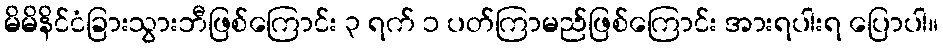
မိမိနိင်ငံခြားသွားဘီဖြစ်ကြောင်း ၃ ရက် ၁ ပတ်ကြာမည်ဖြစ်ကြောင်း အားရပါးရ ပြောပါ။